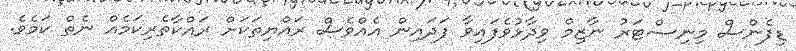
ޑިފެންސް މިނިސްޓަރު ނާޒިމް ވިދާޅުވެފައިވާ ފަދައިން އެއްވެސް ރައްޔިތަކަށް ރައްކާތެރިކަމެއް ނެތް ކަމެވެ.